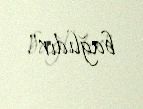
bağlıdır".